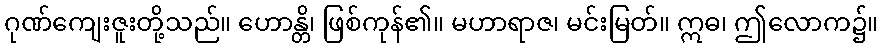
ဂုဏ်ကျေးဇူးတို့သည်။ ဟောန္တိ၊ ဖြစ်ကုန်၏။ မဟာရာဇ၊ မင်းမြတ်။ ဣဓ၊ ဤလောက၌။